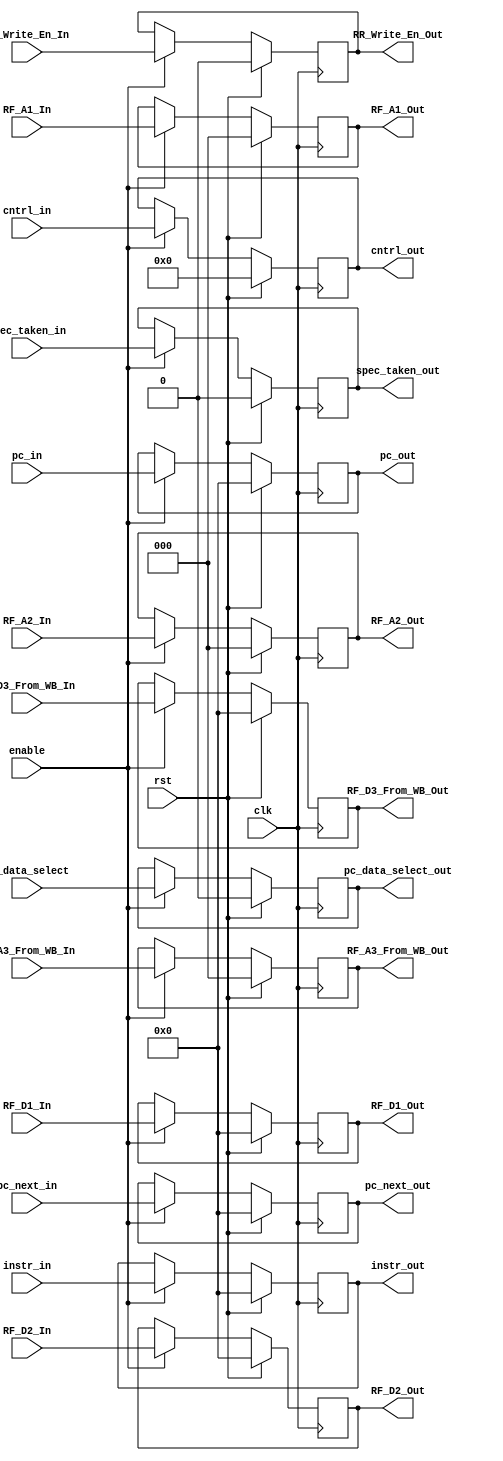
//cntrl_in format {RR_A3_Address_sel, RR_Wr_En, EXE_ALU_Src2, EXE_ALU_Oper, Reg_D3_Sel, MEM_Wr_En} total 10 bits

module RR2EX_Pipline_Reg (clk, rst, enable, RF_A1_In, RF_A2_In, RF_A3_From_WB_In, RF_D3_From_WB_In, RR_Write_En_In, 
							RF_D1_In, RF_D2_In, RF_A1_Out, RF_A2_Out, RF_A3_From_WB_Out, RF_D3_From_WB_Out, 
							RR_Write_En_Out, RF_D1_Out, RF_D2_Out, pc_in,pc_next_in, cntrl_in,pc_data_select, instr_in, spec_taken_in, pc_out,pc_next_out, cntrl_out, instr_out, pc_data_select_out, spec_taken_out);
 
	input clk, rst, enable, RR_Write_En_In, pc_data_select, spec_taken_in;
	input [15:0] pc_in, RF_D1_In, RF_D2_In, instr_in, RF_D3_From_WB_In, pc_next_in;
	input [2:0] RF_A1_In, RF_A2_In, RF_A3_From_WB_In;
	input [9:0] cntrl_in;
	output reg RR_Write_En_Out, pc_data_select_out;
	output reg [15:0] pc_out, RF_D1_Out, RF_D2_Out, instr_out, RF_D3_From_WB_Out, pc_next_out;
	output reg [9:0] cntrl_out;
	output reg [2:0] RF_A1_Out, RF_A2_Out, RF_A3_From_WB_Out;
	output reg spec_taken_out;
	
	always @ (posedge clk) begin
		if (rst) begin
			spec_taken_out <= 0;
			pc_out <= 0;
			pc_next_out <= 0;
			cntrl_out <= 0;
			instr_out <= 0;
			RF_D1_Out <= 0;
			RF_D2_Out <= 0;
			RF_A1_Out <= 0;
			RF_A2_Out <= 0;
			RF_A3_From_WB_Out <= 0;
			RF_D3_From_WB_Out <= 0;
			RR_Write_En_Out <= 0;
			pc_data_select_out <= 0;
		end
		else begin
			if (enable) begin
				spec_taken_out <= spec_taken_in;
				pc_data_select_out <= pc_data_select;
				pc_out <= pc_in;
				pc_next_out <= pc_next_in;
				cntrl_out <= cntrl_in;
				instr_out <= instr_in;
				RF_D1_Out <= RF_D1_In;
				RF_D2_Out <= RF_D2_In;
				RF_A1_Out <= RF_A1_In;
				RF_A2_Out <= RF_A2_In;
				RF_A3_From_WB_Out <= RF_A3_From_WB_In;
				RF_D3_From_WB_Out <= RF_D3_From_WB_In;
				RR_Write_En_Out <= RR_Write_En_In;
			end
		end
	end
endmodule // RR2EX_Pipline_Reg